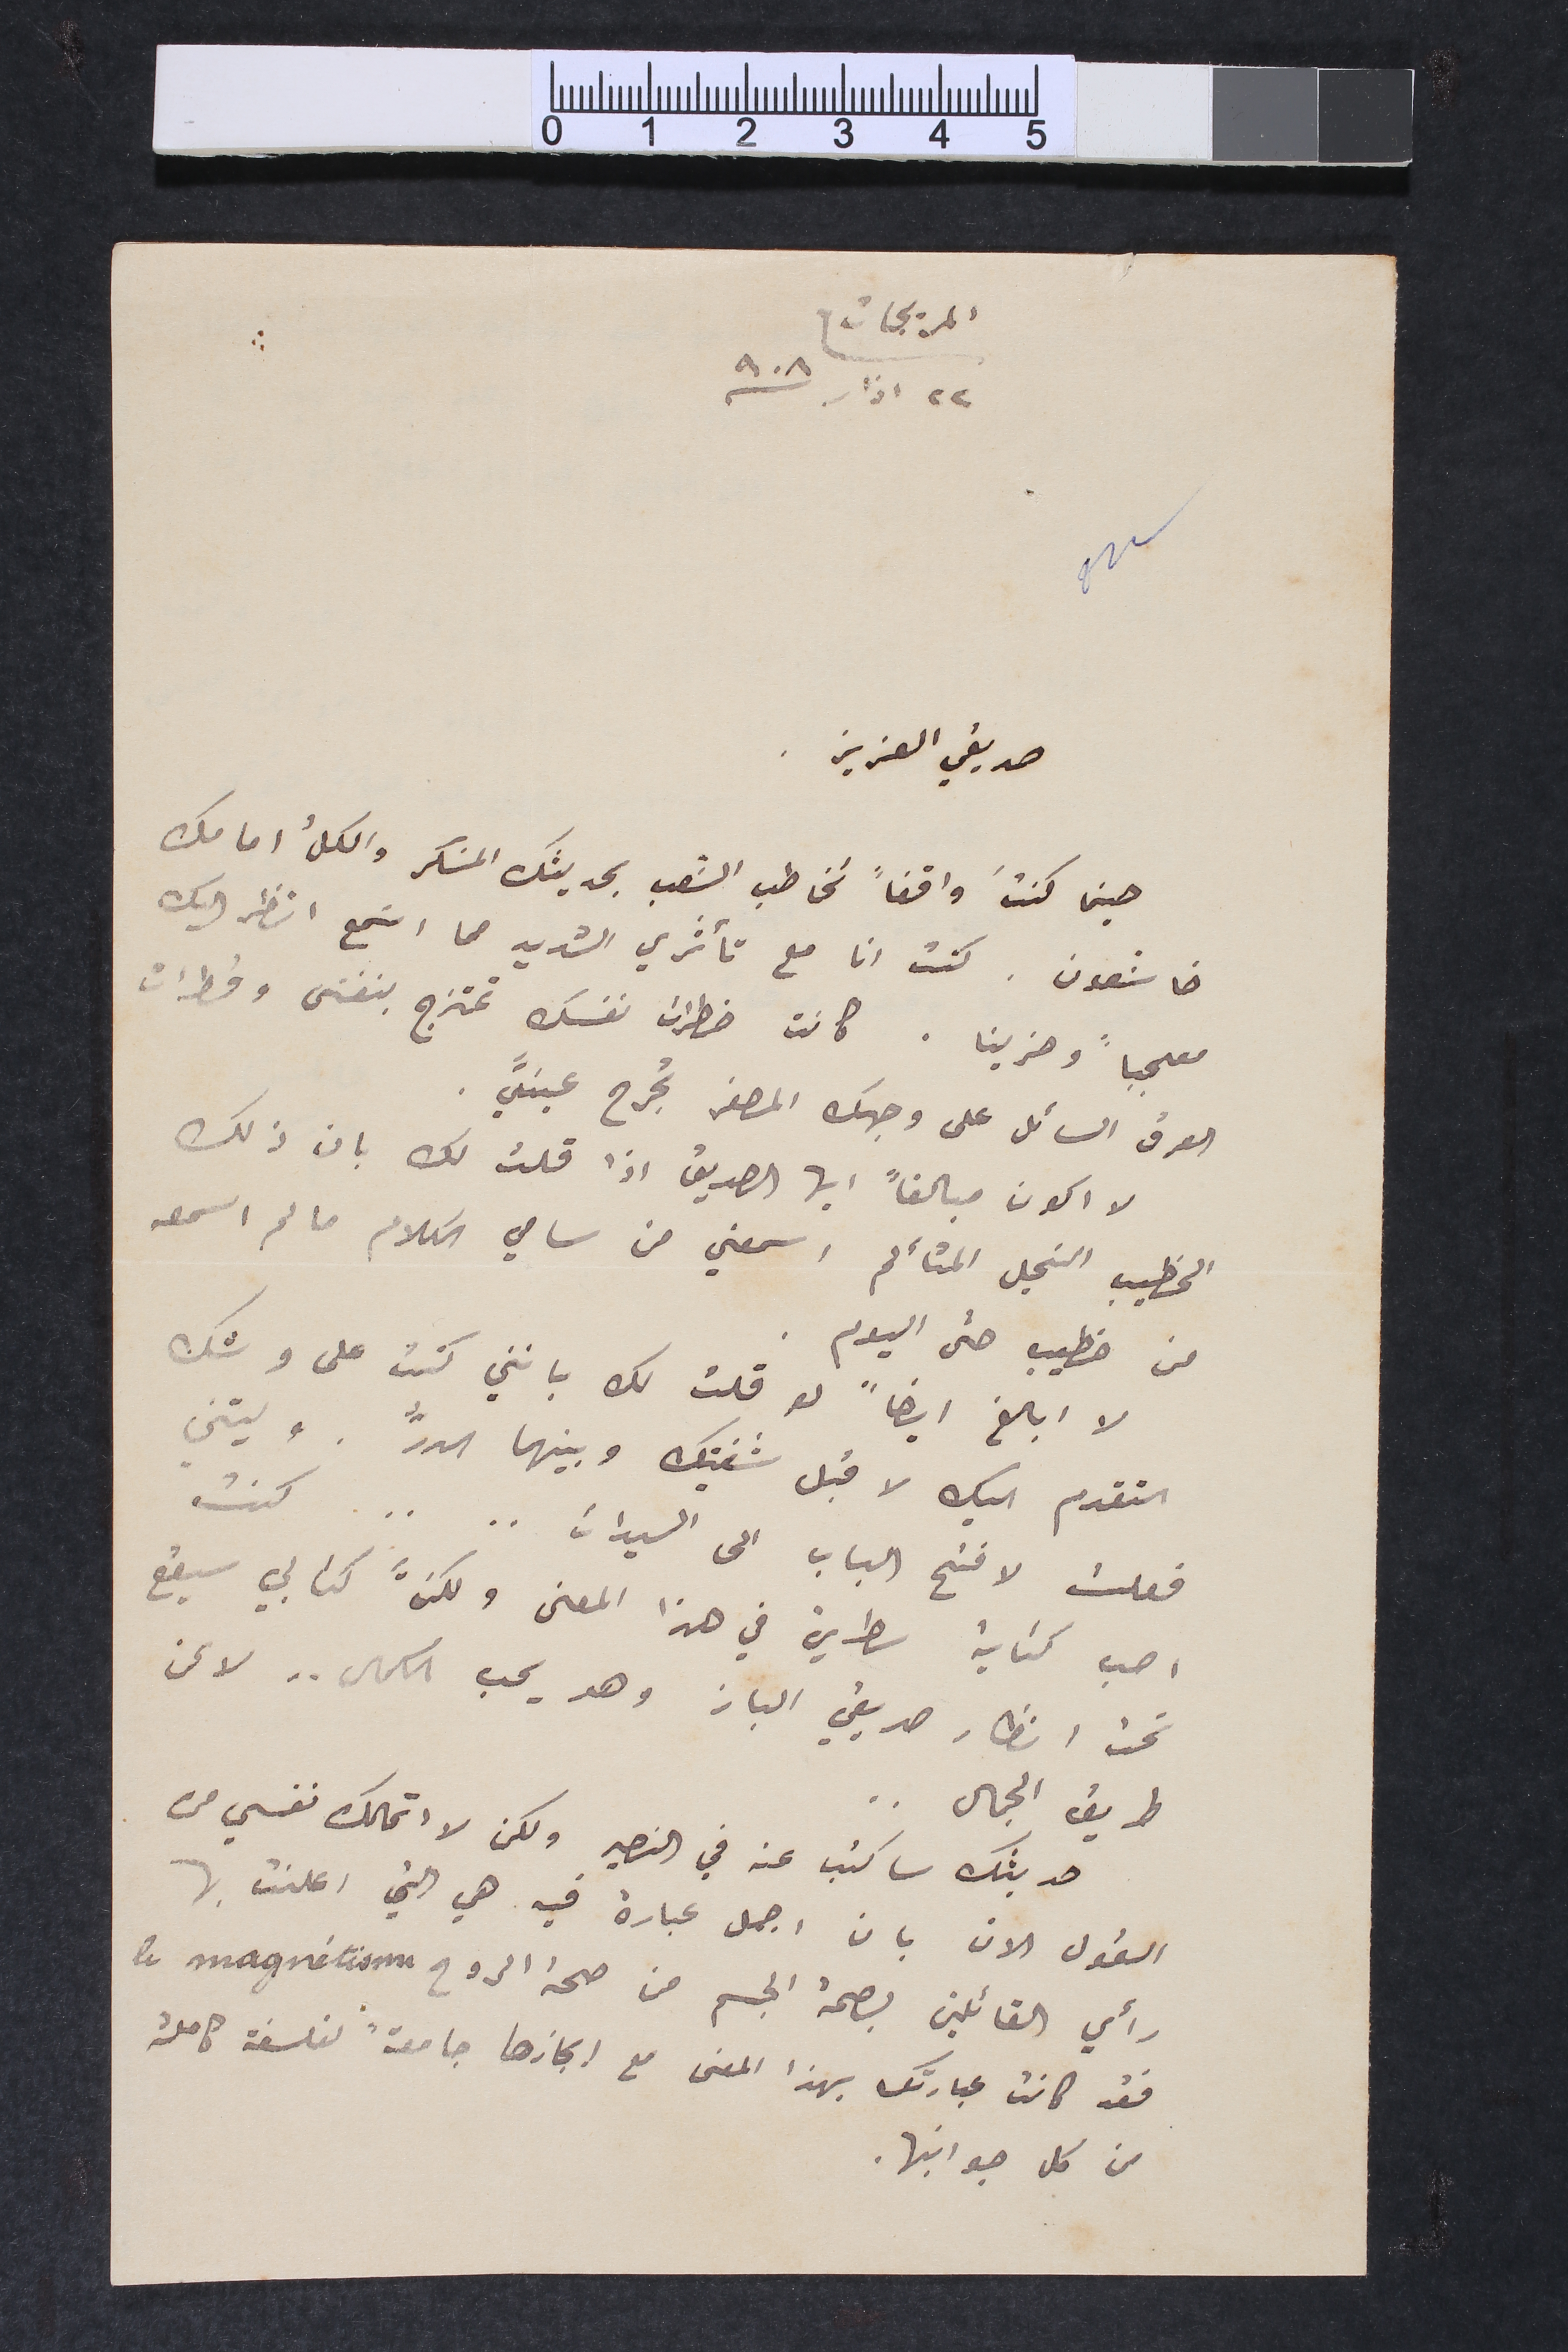
المريجات
٢٢ اذار /٩٠٨
صديقي العزيز .
حينما كنتَ واقفاً تخاطب الشعب بحديثك المسَكر والكلُ امامك
خاشعون. كنت انا مع تأثري الشديد مما اسَمع انظر اليك
معجباً وحزينا . كانت خطرات نفسك تمتزج بنفسَى وخطرات
العرق السائل على وجهك المصفر تجرح عينيَّ .
لا اكون مبالغاً ايها الصديق اذا قلت لك بان ذلك
الخطيب النحيل المتألم اسمعني من سامي الكلام ما لم اسمعه
من خطيب حتى اليوم .
لا ابالغ ايضاً لو قلت لك بانني كنت على وشك
التقدم اليك لاقبل شفتيك وبينهما الدرُّ . وليتني
فعلت لافتح الباب الى السيدات .. .. كنت
احب كتابة سطرين في هذا المعنى ولكنَّ كتابي سيقع
تحت انظار صديقي الباز وهو يحب الكمال .. لا عن
طريق الجمال ..
حديثك ساكتب عنه في النصير ولكن لا اتمالك نفسي من
القول الان بان اجمل عبارة فيه هي التي اعلنت بها
رأي القائلين بصحة الجسم من صحة الروح le magnétisme
فقد كانت عبارتك بهذا المعنى مع ايجازها جامعةً لفلسفة كاملة
من كل جوانبها.